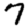
Digit: 7